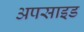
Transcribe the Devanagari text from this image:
अपसाइड